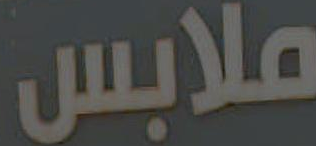
ملابس